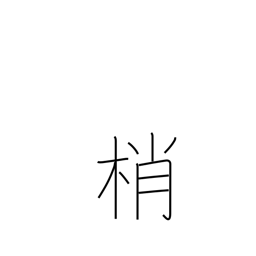
Meaning: treetops